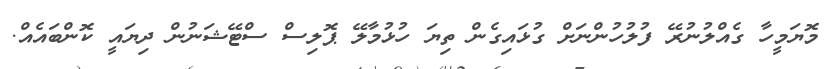
މޮޔަމީހާ ގެއްލުނުރޭ ފުލުހުންނަށް ގުޅައިގެން ތިޔަ ހުޅުމާލޭ ޕޮލިސް ސްޓޭޝަނުން ދިޔައީ ކޮންބައެއް.